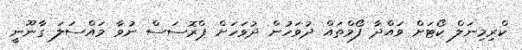
ކްރިމިނަލް ކޯޓަށް ވައްދާ ފޯމްތައް ދުވަހުން ދުވަހަށް ޕްރޮސަސް ނުވާ މައްސަލަ ގާނޫނީ